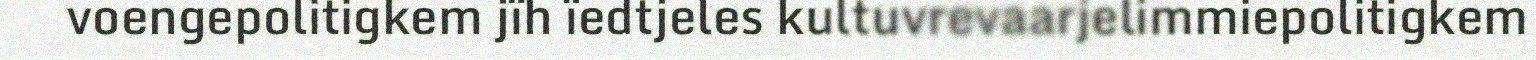
voengepolitigkem jïh ïedtjeles kultuvrevaarjelimmiepolitigkem